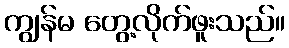
ကျွန်မ တွေ့လိုက်ဖူးသည်။